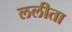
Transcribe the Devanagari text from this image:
ललीता